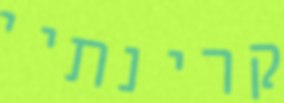
קרינתיי